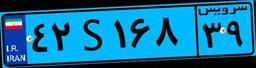
۴۲S۱۶۸۳۹